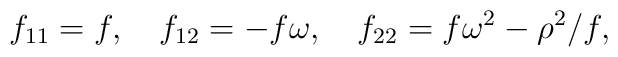
f_{11}=f,\quad  f_{12}=-f\omega,\quad f_{22}=f\omega^2-\rho^2/f,